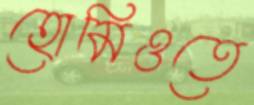
হোমিওতে